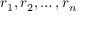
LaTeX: r _ { 1 } , r _ { 2 } , \ldots , r _ { n }